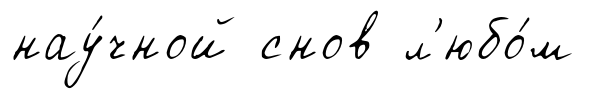
нау́чной снов л'юбо́м